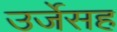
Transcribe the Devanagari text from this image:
उर्जेसह